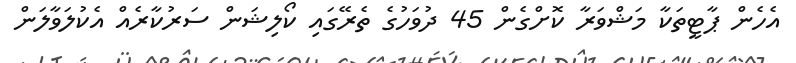
އެހެން ޕާޓީތަކާ މަޝްވަރާ ކޮށްގެން 45 ދުވަހުގެ ތެރޭގައި ކޯލިޝަން ސަރުކާރެއް އެކުލަވާލަން